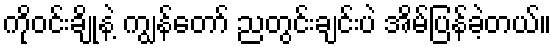
ကိုဝင်းချိုနဲ့ ကျွန်တော် ညတွင်းချင်းပဲ အိမ်ပြန်ခဲ့တယ်။